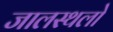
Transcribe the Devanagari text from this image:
जालस्थलो